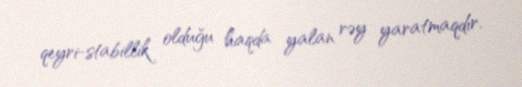
qeyri-stabillik olduğu haqda yalan rəy yaratmaqdır.